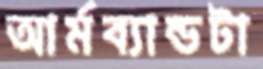
আর্মব্যান্ডটা